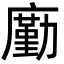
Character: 㢙